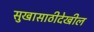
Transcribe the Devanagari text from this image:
सुखासाठीदेखील